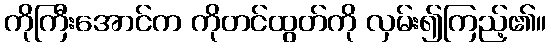
ကိုကြီးအောင်က ကိုတင်ထွတ်ကို လှမ်း၍ကြည့်၏။